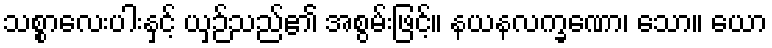
သစ္စာလေးပါးနှင့် ယှဉ်သည်၏ အစွမ်းဖြင့်။ နယနလက္ခဏော၊ သော။ ယော